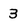
Character: 3